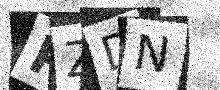
Text: PZDN